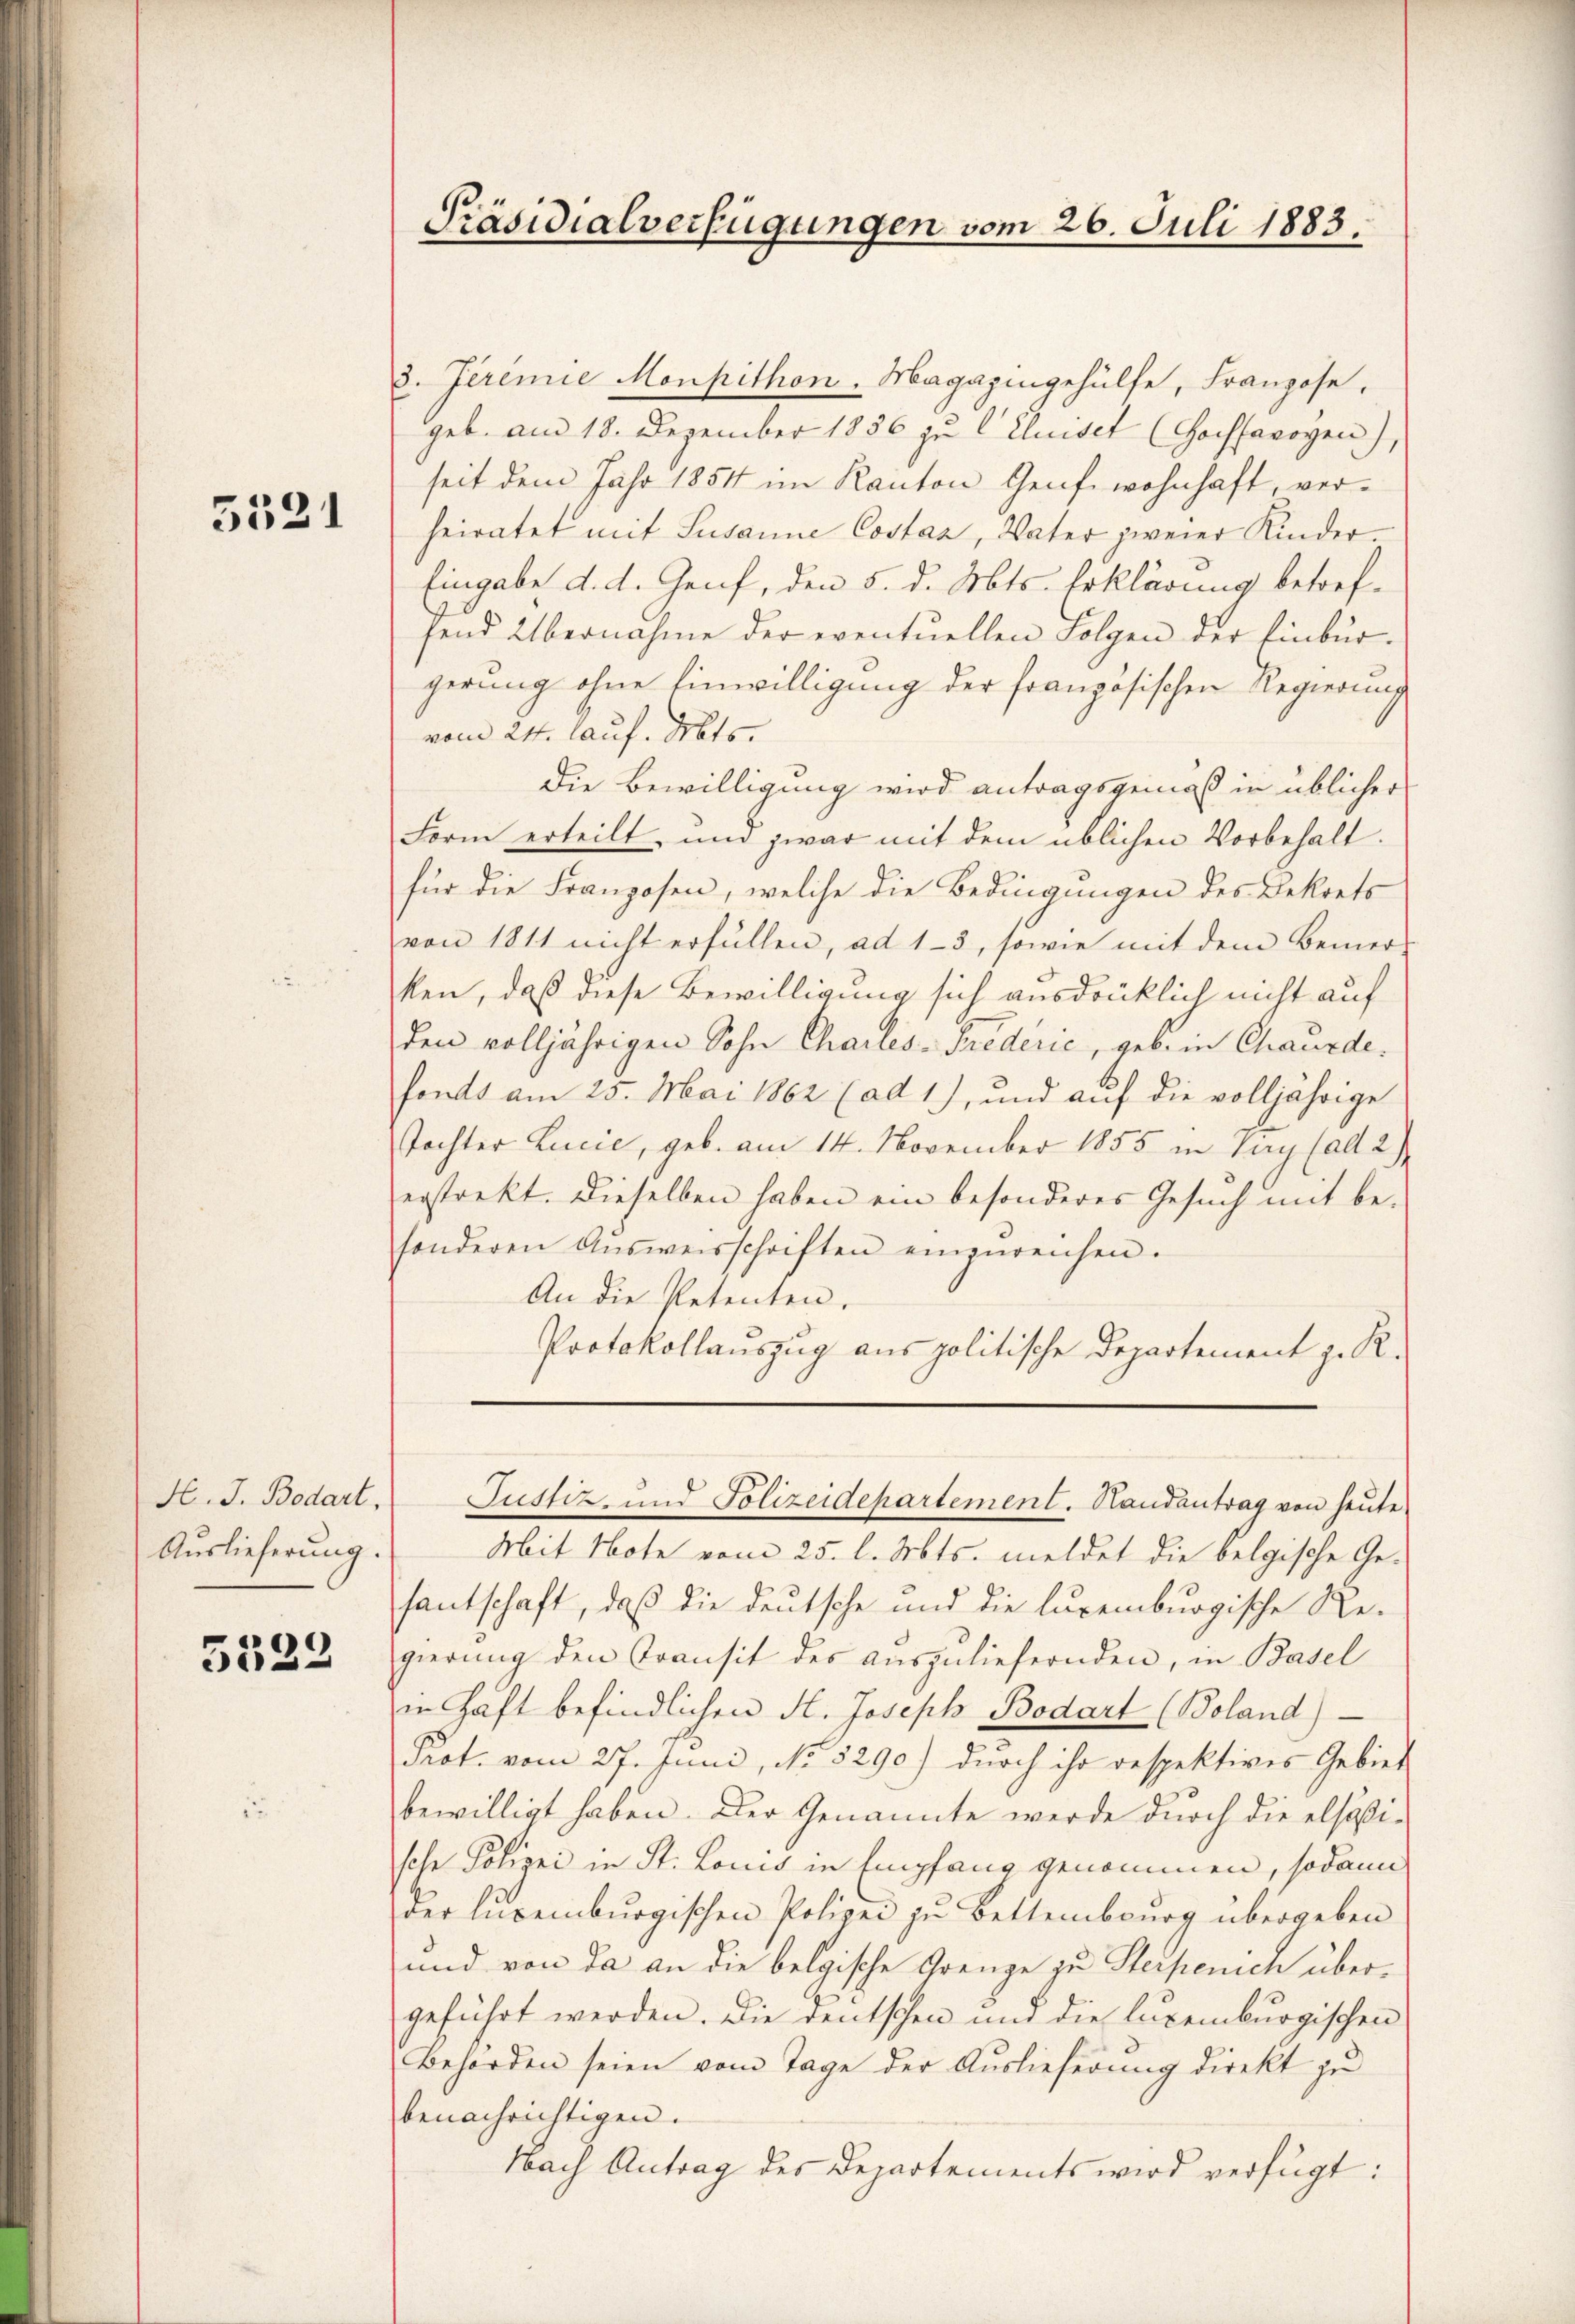
5521

H. J. Bodart.
Auslieferung.

5522

Präsidialverfügungen vom 26. Juli 1883.

3. Jeremie Monpithon. Magazingehülfe, Franzose.
geb. am 18. Dezember 1886 zu C Cluiset (Hochfewogen),
seit dem Jahr 1854 im Kanton Genf wohnhaft, verheiratet mit Susanne Costax, Vater zweier Kinder¬
Eingabe d. d. Genf, den 5. d. Mts. Erklärung betreffend Übernahme der eventuellen Folgen der Einbür-
gerung ohne Einwilligung der französischen Regierung
vom 24. lauf. Mts.
Die Bewilligung wird antragsgemäß in üblicher
Form erteilt, und zwar mit dem üblichen Vorbehalt.
für die Franzosen, welche die Bedingungen des Bekrets
von 1811 nicht erfüllen, ad 13, sowie mit dem Bemer-
ken, daß diese Bewilligung sich ausdrücklich nicht auf
den volljährigen Sohn Charles-Frederić, geb. in Chaurde.
fonds am 25. Mai 1862 (ad 1.), und auf die volljährige
Tochter Lucie, geb. am 14. November 1855 in Zug (alt 2)
erstrekt. Dieselben haben ein besonderes Gesuch mit be-
sonderen Aŭsweisschriften einzŭreichen.
An die Petenten.
Protokollauszug aus politische Departement z. R.

Mit Note vom 25. l. Mts. meldet die belgische Ge-
fantschaft, daß die deutsche und die luxenburgische Re-
gierŭng den Transit des aŭszŭliefernden, in Basel
in Haft befindlichen H. Joseph Bodart (Boland)
Prot. vom 27. Juni, No. 5290) durch ihr respektives Gebiet
bewilligt haben. Der Genannte werde durch die elsaßi-
sche Polizei in St. Louis in Empfang genommen, sodann
der Luxenbŭrgischen Polizei zu Bettembourg übergeben
und von da an die belgische Grenze zu Sterpenich übergeführt werden. Die deutschen und die lucemburgischen
Behörden seien vom Tage der Auslieferung direkt zu
benachrichtigen.
Nach Antrag des Departements wird verfügt:

Justiz- und Polizeidepartement. Handantrag von heŭte